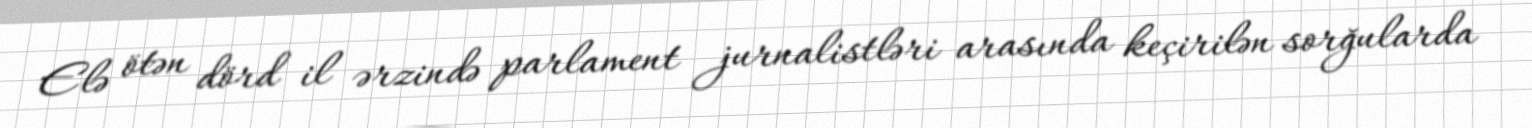
Elə ötən dörd il ərzində parlament jurnalistləri arasında keçirilən sorğularda